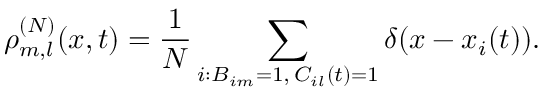
\rho _ { m , l } ^ { ( N ) } ( x , t ) = \frac { 1 } { N } \sum _ { \substack { i : B _ { i m } = 1 , \, C _ { i l } ( t ) = 1 } } \delta ( x - x _ { i } ( t ) ) .